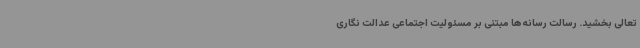
تعالی بخشید. رسالت رسانه‌ها مبتنی بر مسئولیت اجتماعی عدالت نگاری